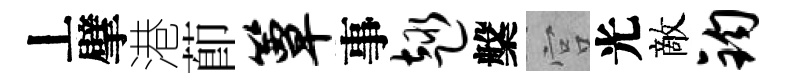
丄擘港莭簟事趣槃宫光敵钧